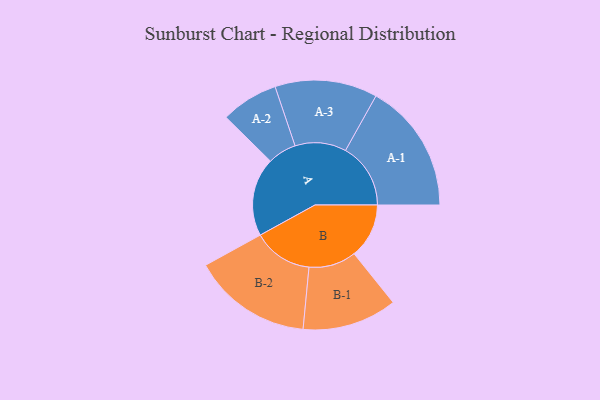
{"axis": {"x": "Segment", "y": "Value"}, "legend": ["", "A", "B"], "data": [{"x": "A", "y": 345, "type": ""}, {"x": "B", "y": 241, "type": ""}, {"x": "A-1", "y": 286, "type": "A"}, {"x": "A-2", "y": 126, "type": "A"}, {"x": "A-3", "y": 225, "type": "A"}, {"x": "B-1", "y": 208, "type": "B"}, {"x": "B-2", "y": 262, "type": "B"}]}